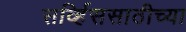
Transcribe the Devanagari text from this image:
सर्व्हिससाठीच्या